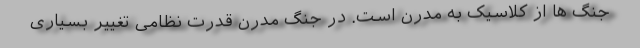
جنگ ها از کلاسیک به مدرن است. در جنگ مدرن قدرت نظامی تغییر بسیاری